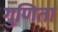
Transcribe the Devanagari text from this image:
गुणिता